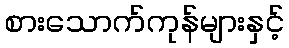
စားသောက်ကုန်များနှင့်